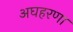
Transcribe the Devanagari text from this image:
अघहरणा